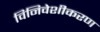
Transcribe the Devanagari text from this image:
विनिवेशीकरण